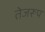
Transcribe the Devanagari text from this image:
तेजरूप